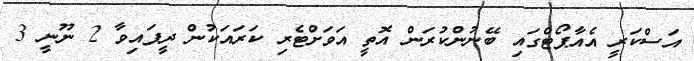
އަސްކަރީ އެއާޕޯޓްގައި ބޭނުންކުރަން އޮތީ އަވަށްޓެރި ކަރައަކުން ދީފައިވާ 2 ނޫނީ 3